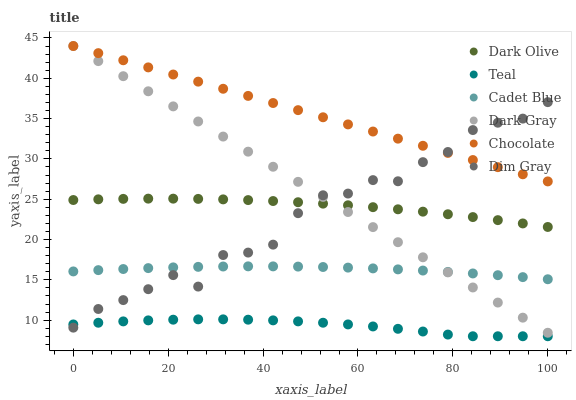
| xaxis_label | Dark Olive | Teal | Cadet Blue | Dark Gray | Chocolate | Dim Gray |
 | --- | --- | --- | --- | --- | --- | --- |
 | 0 | 24.9 | 9.47 | 16 | 44 | 44 | 9.07 |
 | 5.26 | 25 | 9.68 | 16.2 | 42.1 | 43.1 | 11.4 |
 | 10.5 | 25 | 9.84 | 16.3 | 40.3 | 42.2 | 12.5 |
 | 15.8 | 25.1 | 9.97 | 16.5 | 38.4 | 41.3 | 13.8 |
 | 21.1 | 25.1 | 10.1 | 16.5 | 36.5 | 40.5 | 15.6 |
 | 26.3 | 25 | 10.1 | 16.6 | 34.6 | 39.6 | 14.2 |
 | 31.6 | 25 | 10.1 | 16.7 | 32.8 | 38.7 | 18.1 |
 | 36.8 | 24.9 | 10.1 | 16.7 | 30.9 | 37.8 | 18.4 |
 | 42.1 | 24.8 | 9.97 | 16.7 | 29 | 36.9 | 19.4 |
 | 47.4 | 24.6 | 9.85 | 16.6 | 27.2 | 36 | 23.3 |
 | 52.6 | 24.4 | 9.68 | 16.6 | 25.3 | 35.2 | 25.5 |
 | 57.9 | 24.2 | 9.47 | 16.5 | 23.4 | 34.3 | 25.7 |
 | 63.2 | 24 | 9.22 | 16.4 | 21.5 | 33.4 | 27.4 |
 | 68.4 | 23.7 | 8.92 | 16.3 | 19.7 | 32.5 | 27.2 |
 | 73.7 | 23.5 | 8.59 | 16.1 | 17.8 | 31.6 | 29.6 |
 | 78.9 | 23.1 | 8.21 | 16 | 15.9 | 30.7 | 30.9 |
 | 84.2 | 22.8 | 8 | 15.8 | 14.1 | 29.9 | 33.6 |
 | 89.5 | 22.4 | 8 | 15.6 | 12.2 | 29 | 34.5 |
 | 94.7 | 22 | 8 | 15.3 | 10.3 | 28.1 | 35 |
 | 100 | 21.6 | 8 | 15.1 | 8.43 | 27.2 | 37 |